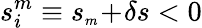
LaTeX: s_{i}^{m}\equiv s_{{\scriptscriptstyle m}}\! +\! \delta s<0